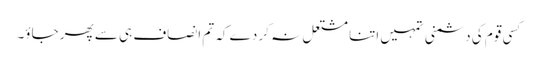
کسی قوم کی دشمنی تمہیں اتنا مشتعل نہ کر دے کہ تم انصاف ہی سے پھر جاؤ۔